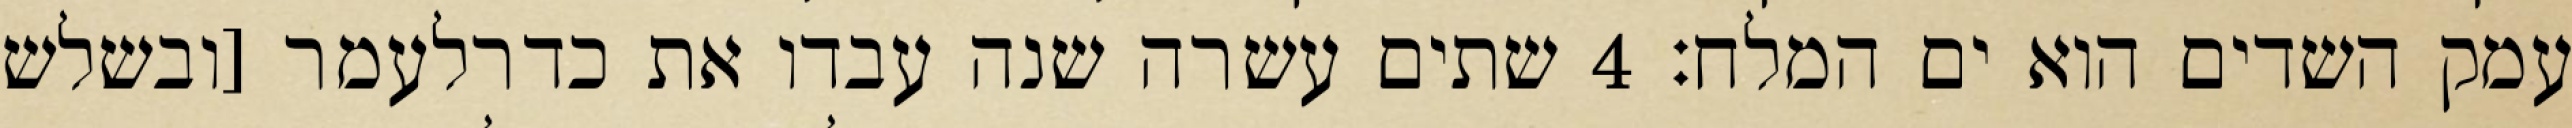
עמק השדים הוא ים המלח׃ ‎4‏ שתים עשרה שנה עבדו את כדרלעמר [ובשלש